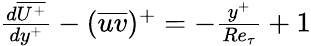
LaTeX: \begin{array}{r}{\frac{d\overline{{U^{+}}}}{dy^{+}}-(\overline{{uv}})^{+}=-{\frac{y^{+}}{Re_{\tau}}}+1}\end{array}